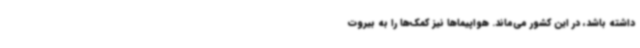
داشته باشد، در این کشور می‌ماند. هواپیماها نیز کمک‌ها را به بیروت